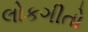
લોકગીતો